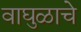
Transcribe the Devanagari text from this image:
वाघुळाचे